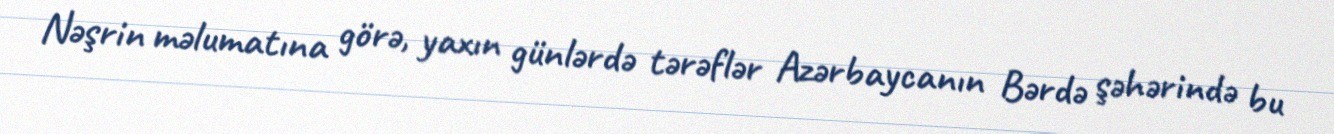
Nəşrin məlumatına görə, yaxın günlərdə tərəflər Azərbaycanın Bərdə şəhərində bu